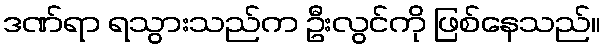
ဒဏ်ရာ ရသွားသည်က ဦးလွင်ကို ဖြစ်နေသည်။